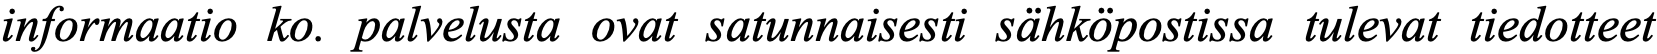
informaatio ko. palvelusta ovat satunnaisesti sähköpostissa tulevat tiedotteet